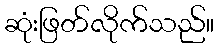
ဆုံးဖြတ်လိုက်သည်။